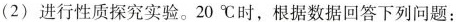
(2)进行性质探究实验。20℃时，根据数据回答下列问题：